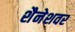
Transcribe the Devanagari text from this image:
शैनेशवर